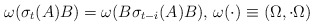
\begin{align*}\omega(\sigma_{t}(A)B)=\omega(B\sigma_{t-i}(A)B),\,\omega(\cdot)\equiv\left(\Omega,\cdot\Omega\right)\end{align*}